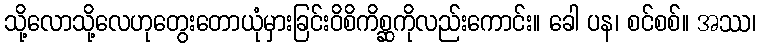
သို့လောသို့လေဟုတွေးတောယုံမှားခြင်းဝိစိကိစ္ဆကိုလည်းကောင်း။ ခေါ ပန၊ စင်စစ်။ အဿ၊